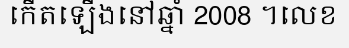
កើតឡើងនៅឆ្នាំ 2008 ។លេខ